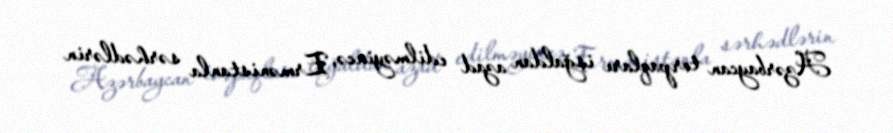
Azərbaycan torpaqları işğaldan azad edilməyincə, Ermənistanla sərhədlərin